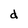
Character: d